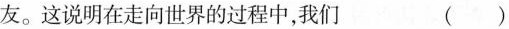
友。这说明在走向世界的过程中，我们 ( )